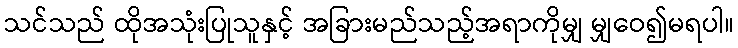
သင်သည် ထိုအသုံးပြုသူနှင့် အခြားမည်သည့်အရာကိုမျှ မျှဝေ၍မရပါ။